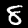
Label: 8